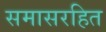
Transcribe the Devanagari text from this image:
समासरहित